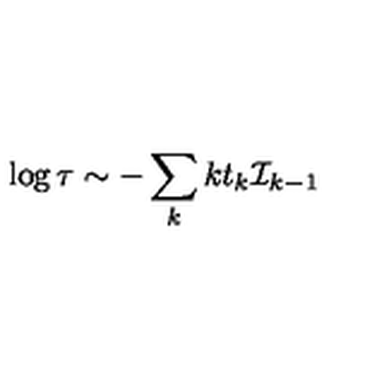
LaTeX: \log \tau \sim - \sum _ { k } k t _ { k } { \cal I } _ { k - 1 }